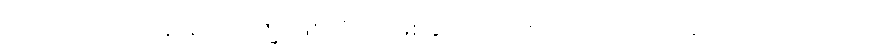
၁၀-ပါးလုံလျှင် လူ၊ နတ်၊ ဗြဟ္မာဖြစ်လို ရာ ဖြစ်နိုင်ကြောင်း ဟောသော သာလေယျလကသုတ်၊